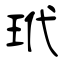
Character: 玳